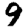
Digit: 9